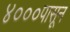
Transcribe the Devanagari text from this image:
४०००पासून